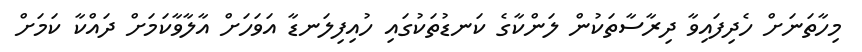
މިހާތަނަށް ހެދިފައިވާ ދިރާސާތަކުން ލަންކާގެ ކަނޑުތަކުގައި ހުއިފިލަނޑާ އަވަހަށް އާލާވާކަމަށް ދައްކާ ކަމަށް